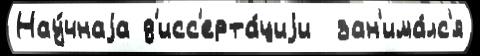
Нау́чнаjа д'исс'ерта́циjи  зан'има́лс'я